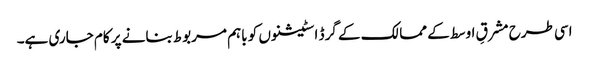
اسی طرح مشرقِ اوسط کے ممالک کے گرڈ اسٹیشنوں کو باہم مربوط بنانے پر کام جاری ہے۔